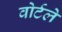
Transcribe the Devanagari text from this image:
वोर्टले